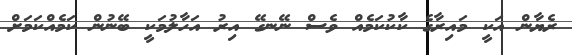
ރެޔާން އަކީ މައިރާގެ ކާކުކަމެއް ވެސް ނޭނގޭ އިރު އަހާލުމަކީ ބޭނުން ކަމެއްކަމަށް